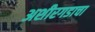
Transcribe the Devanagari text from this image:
अशीरगडाचा